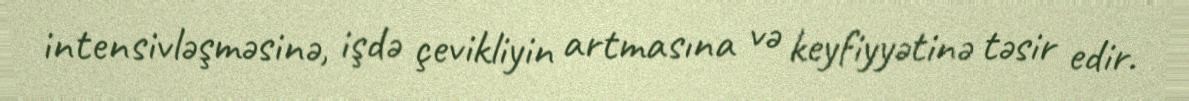
intensivləşməsinə, işdə çevikliyin artmasına və keyfiyyətinə təsir edir.